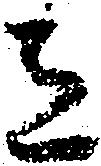
意